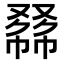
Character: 𠭾